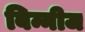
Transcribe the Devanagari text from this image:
बिन्नीज